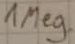
Text: 1 Meg.